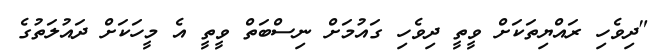
"ދިވެހި ރައްޔިތަކަށް ވީތީ ދިވެހި ގައުމަށް ނިސްބަތް ވީތީ އެ މީހަކަށް ދައުލަތުގެ